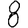
Digit: 8